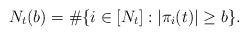
LaTeX: \begin{align*}N_t(b) = \# \{ i \in [N_t] : |\pi_i(t)| \geq b\}. \end{align*}